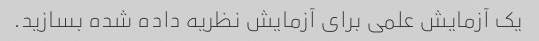
یک آزمایش علمی برای آزمایش نظریه داده شده بسازید.